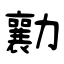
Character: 勷